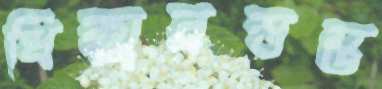
ধিক্কারস্তম্ভ